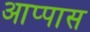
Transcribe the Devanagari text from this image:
आप्पास